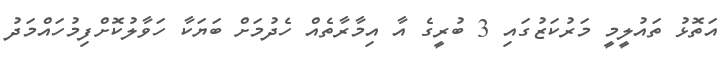
އަތޮޅު ތައުލީމީ މަރުކަޒުގައި 3 ބުރީގެ އާ އިމާރާތެއް ހެދުމަށް ބަޔަކާ ހަވާލުކޮށްފިމުހައްމަދު